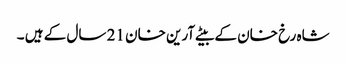
شاہ رخ خان کے بیٹے آرین خان 21 سال کے ہیں ۔